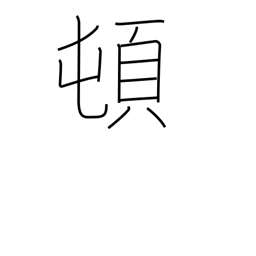
Meaning: suddenly